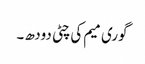
گوری میم کی چٹی دودھ ۔